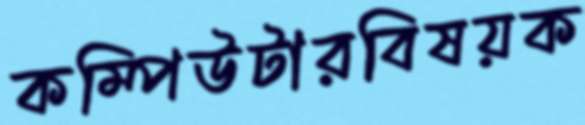
কম্পিউটারবিষয়ক